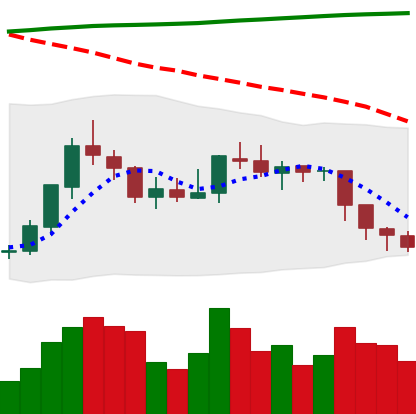
Ticker: EOS-USD
Chart end date: 2018-08-02
Forward return: -6.351%
Label: down_5_7